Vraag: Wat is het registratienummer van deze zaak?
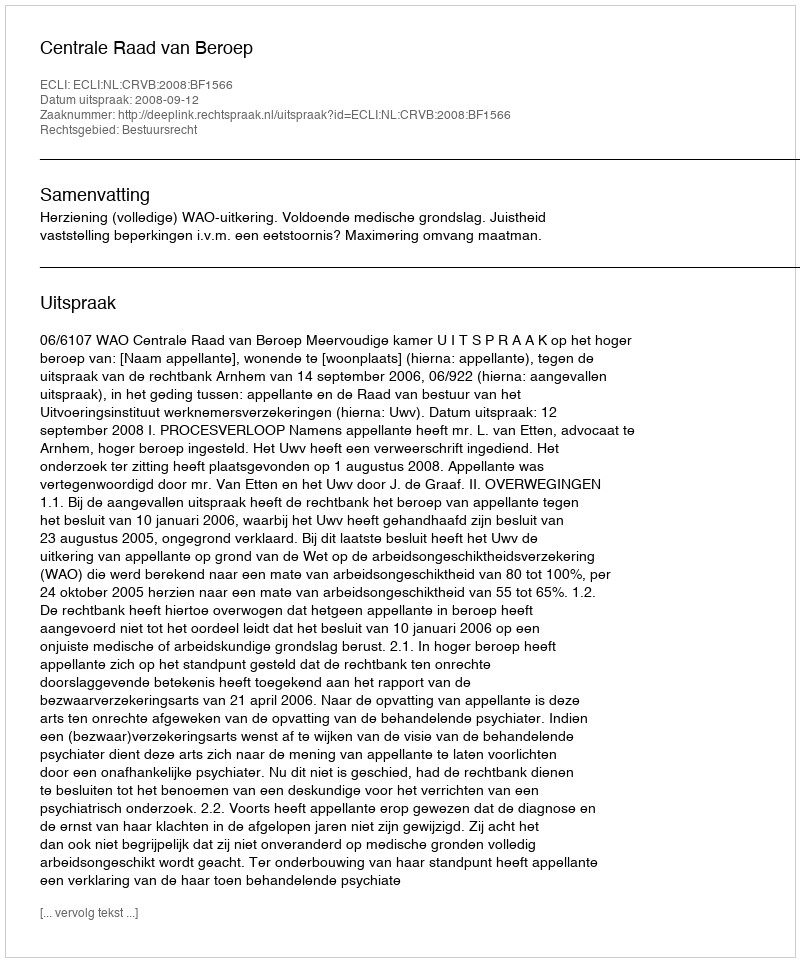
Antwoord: http://deeplink.rechtspraak.nl/uitspraak?id=ECLI:NL:CRVB:2008:BF1566